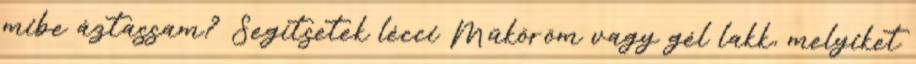
mibe áztassam? Segítsetek lécci Műköröm vagy gél lakk, melyiket